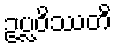
ဥပ္လဝိဿတိ